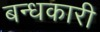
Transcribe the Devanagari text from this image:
बन्धकारी